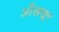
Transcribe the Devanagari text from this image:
आँखखून